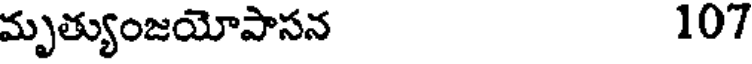
మృత్యుంజయోపాసన 107